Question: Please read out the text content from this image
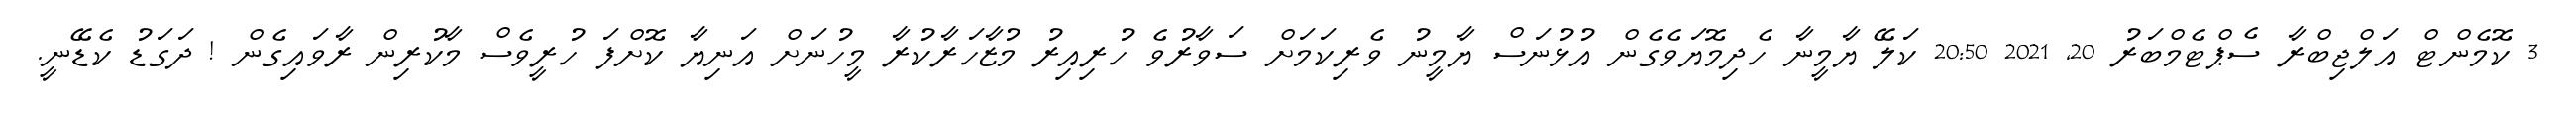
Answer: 3 ކޮމެންޓް އަލްޖިބްރާ ސެޕްޓެމްބަރު 20, 2021 20:50 ކަލޭ ޔާމީނާ ހެދިމޮޔަވެގެން އުޅުނަސް ޔާމީނު ވެރިކަމަށް ސަވާރުވެ ހުރިއިރު މުޒާހަރާކުރާ މީހުނަށް އަނިޔާ ކޮށްފަ ހުރީވެސް މާކުރިން ރާވައިގެން ! ދަގަޑު ކެޑޭނީ.